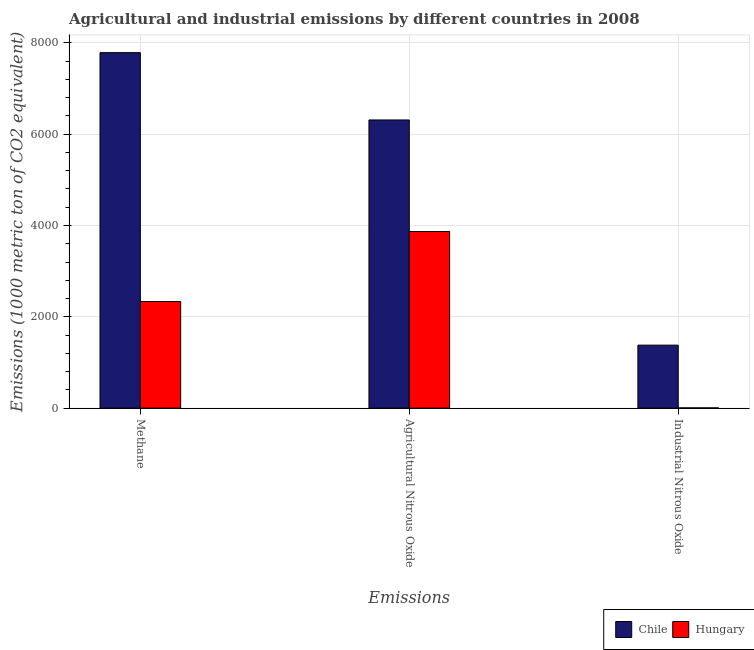
| Emissions | Chile | Hungary |
 | --- | --- | --- |
 | Methane | 7.79e+03 | 2.34e+03 |
 | Agricultural Nitrous Oxide | 6.31e+03 | 3.87e+03 |
 | Industrial Nitrous Oxide | 1.38e+03 | 6 |